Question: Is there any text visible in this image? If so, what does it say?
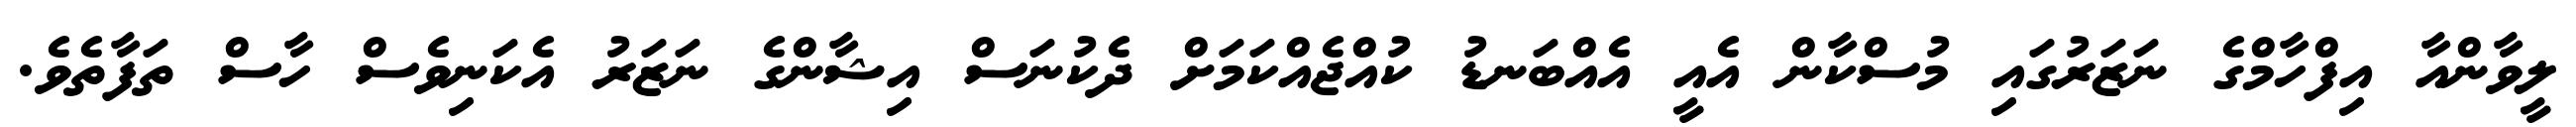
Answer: ލީވާންއާ އިފްހާމްގެ ނަޒަރުގައި މުސްކާން އެއީ އެއްބަނޑު ކުއްޖެއްކަމަށް ދެކުނަސް އިޝާންގެ ނަޒަރު އެކަނިވެސް ހާސް ތަފާތެވެ.